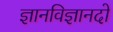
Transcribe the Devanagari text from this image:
ज्ञानविज्ञानदो